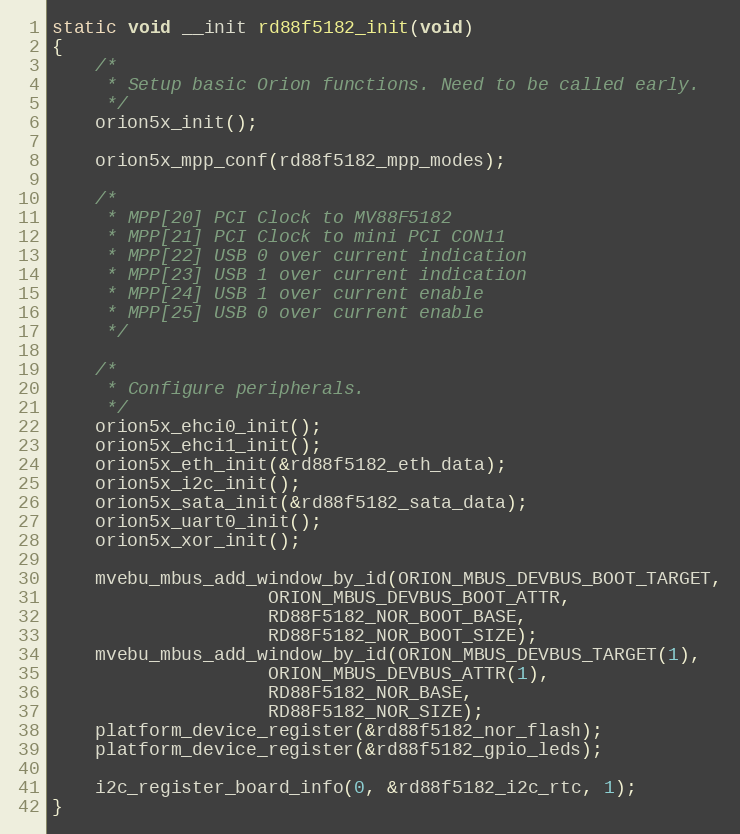
Language: C
static void __init rd88f5182_init(void)
{
	/*
	 * Setup basic Orion functions. Need to be called early.
	 */
	orion5x_init();

	orion5x_mpp_conf(rd88f5182_mpp_modes);

	/*
	 * MPP[20] PCI Clock to MV88F5182
	 * MPP[21] PCI Clock to mini PCI CON11
	 * MPP[22] USB 0 over current indication
	 * MPP[23] USB 1 over current indication
	 * MPP[24] USB 1 over current enable
	 * MPP[25] USB 0 over current enable
	 */

	/*
	 * Configure peripherals.
	 */
	orion5x_ehci0_init();
	orion5x_ehci1_init();
	orion5x_eth_init(&rd88f5182_eth_data);
	orion5x_i2c_init();
	orion5x_sata_init(&rd88f5182_sata_data);
	orion5x_uart0_init();
	orion5x_xor_init();

	mvebu_mbus_add_window_by_id(ORION_MBUS_DEVBUS_BOOT_TARGET,
				    ORION_MBUS_DEVBUS_BOOT_ATTR,
				    RD88F5182_NOR_BOOT_BASE,
				    RD88F5182_NOR_BOOT_SIZE);
	mvebu_mbus_add_window_by_id(ORION_MBUS_DEVBUS_TARGET(1),
				    ORION_MBUS_DEVBUS_ATTR(1),
				    RD88F5182_NOR_BASE,
				    RD88F5182_NOR_SIZE);
	platform_device_register(&rd88f5182_nor_flash);
	platform_device_register(&rd88f5182_gpio_leds);

	i2c_register_board_info(0, &rd88f5182_i2c_rtc, 1);
}